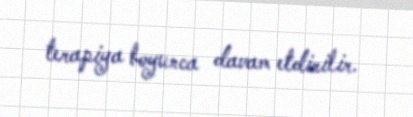
terapiya boyunca davam etdirilir.